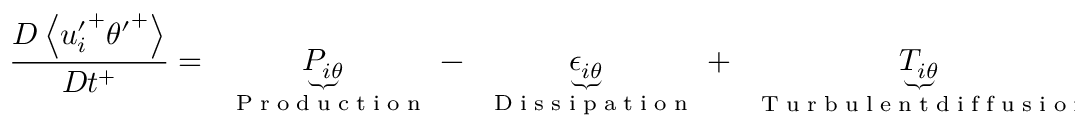
\frac { D \left< { u _ { i } ^ { \prime } } ^ { + } { \theta ^ { \prime } } ^ { + } \right> } { D t ^ { + } } = \underbrace { P _ { i \theta } } _ { \mathrm { ~ \tiny ~ { ~ P ~ r ~ o ~ d ~ u ~ c ~ t ~ i ~ o ~ n ~ } ~ } } - \underbrace { \epsilon _ { i \theta } } _ { \mathrm { ~ \tiny ~ { ~ D ~ i ~ s ~ s ~ i ~ p ~ a ~ t ~ i ~ o ~ n ~ } ~ } } + \underbrace { T _ { i \theta } } _ { \mathrm { ~ \tiny ~ { ~ T ~ u ~ r ~ b ~ u ~ l ~ e ~ n ~ t ~ d ~ i ~ f ~ f ~ u ~ s ~ i ~ o ~ n ~ } ~ } } + \underbrace { D _ { i \theta } } _ { \mathrm { ~ \tiny ~ { ~ M ~ o ~ l ~ e ~ c ~ u ~ l ~ a ~ r ~ d ~ i ~ f ~ f ~ u ~ s ~ i ~ o ~ n ~ } ~ } } + \underbrace { \Pi _ { i \theta } } _ { \mathrm { ~ \tiny ~ { ~ P ~ r ~ e ~ s ~ s ~ u ~ r ~ e ~ - ~ t ~ e ~ m ~ p ~ e ~ r ~ a ~ t ~ u ~ r ~ e ~ g ~ r ~ a ~ d ~ i ~ e ~ n ~ t ~ c ~ o ~ r ~ r ~ e ~ l ~ a ~ t ~ i ~ o ~ n ~ } ~ } }